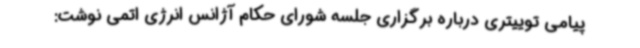
پیامی توییتری درباره برگزاری جلسه شورای حکام آژانس انرژی اتمی نوشت: